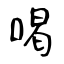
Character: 喝